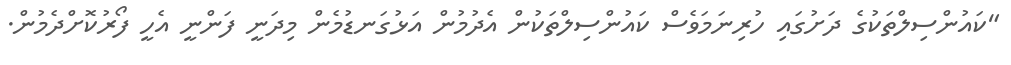
"ކައުންސިލްތަކުގެ ދަށުގައި ހުރިނަމަވެސް ކައުންސިލްތަކުން އެދުމުން އަޅުގަނޑުމެން މިދަނީ ފަންނީ އެހީ ފޯރުކޮށްދެމުން.